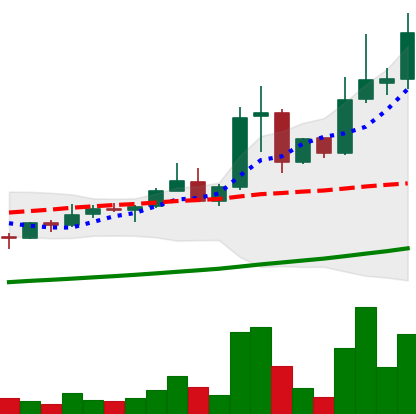
Ticker: XLM-USD
Chart end date: 2021-04-13
Forward return: -16.88%
Label: down_7plus